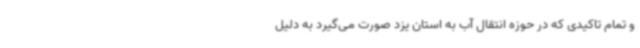
و تمام تاکیدی که در حوزه انتقال آب به استان یزد صورت می‌گیرد به دلیل